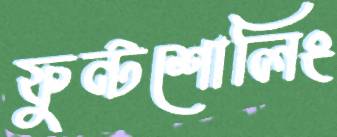
ফুন্টশোলিং